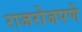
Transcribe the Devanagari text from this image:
राजरोजपणे